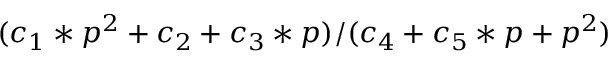
( c _ { 1 } * p ^ { 2 } + c _ { 2 } + c _ { 3 } * p ) / ( c _ { 4 } + c _ { 5 } * p + p ^ { 2 } )